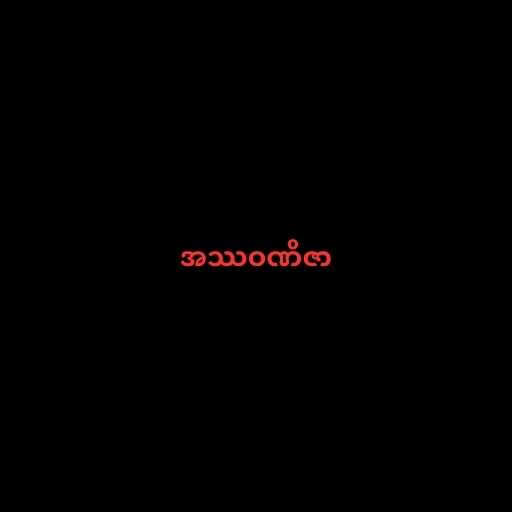
အဿဝဏိဇာ